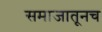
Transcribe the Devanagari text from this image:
समाजातूनच